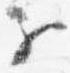
子